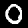
Label: 0